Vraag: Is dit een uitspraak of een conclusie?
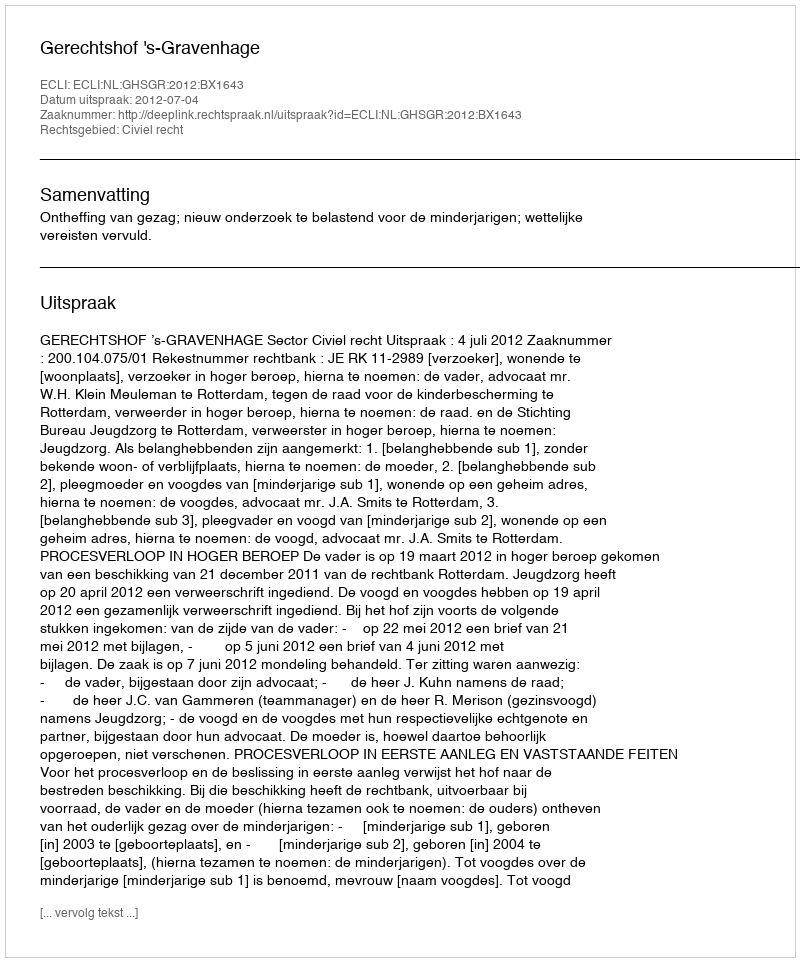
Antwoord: Uitspraak